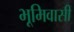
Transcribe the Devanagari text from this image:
भूमिवासी